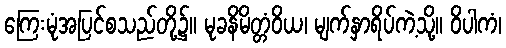
ကြေးမုံအပြင်စသည်တို့၌။ မုခနိမိတ္တံဝိယ၊ မျက်နှာရိပ်ကဲ့သို့။ ဝိပါကံ၊